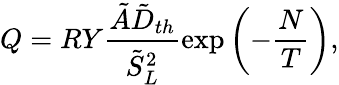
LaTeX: Q=RY\frac{\tilde{A}\tilde{D}_{th}}{\tilde{S}_{L}^{2}}\exp\left(-\frac{N}{T}\right),